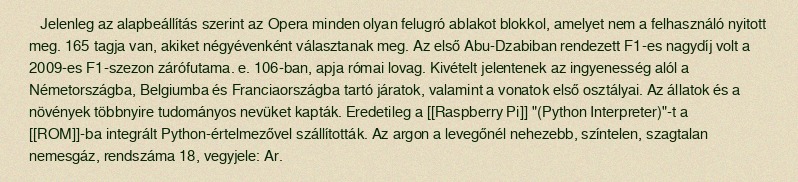
Jelenleg az alapbeállítás szerint az Opera minden olyan felugró ablakot blokkol, amelyet nem a felhasználó nyitott meg. 165 tagja van, akiket négyévenként választanak meg. Az első Abu-Dzabiban rendezett F1-es nagydíj volt a 2009-es F1-szezon zárófutama. e. 106-ban, apja római lovag. Kivételt jelentenek az ingyenesség alól a Németországba, Belgiumba és Franciaországba tartó járatok, valamint a vonatok első osztályai. Az állatok és a növények többnyire tudományos nevüket kapták. Eredetileg a [[Raspberry Pi]] "(Python Interpreter)"-t a [[ROM]]-ba integrált Python-értelmezővel szállították. Az argon a levegőnél nehezebb, színtelen, szagtalan nemesgáz, rendszáma 18, vegyjele: Ar.